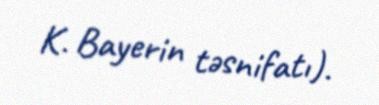
K. Bayerin təsnifatı).